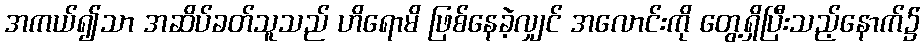
အကယ်၍သာ အဆိပ်ခတ်သူသည် ဟိရောမိ ဖြစ်နေခဲ့လျှင် အလောင်းကို တွေ့ရှိပြီးသည့်နောက်၌